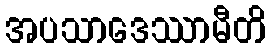
အပသာဒေဿာမီတိ